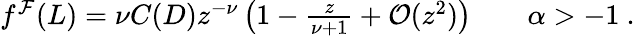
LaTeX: \begin{array}{r}{f^{\mathcal{F}}(L)=\nu C(D)z^{-\nu}\left(1-\frac{z}{\nu+1}+\mathcal{O}(z^{2})\right)\qquad\alpha>-1\ .}\end{array}